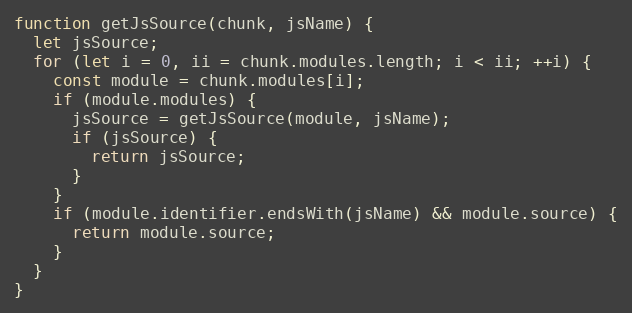
Language: JavaScript
function getJsSource(chunk, jsName) {
  let jsSource;
  for (let i = 0, ii = chunk.modules.length; i < ii; ++i) {
    const module = chunk.modules[i];
    if (module.modules) {
      jsSource = getJsSource(module, jsName);
      if (jsSource) {
        return jsSource;
      }
    }
    if (module.identifier.endsWith(jsName) && module.source) {
      return module.source;
    }
  }
}